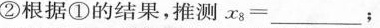
②根据①的结果，推测x_{8}=___；